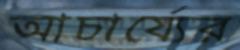
আচার্য্যের